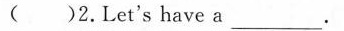
( )2.Let's have a ___.